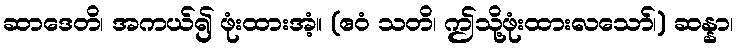
ဆာဒေတိ၊ အကယ်၍ ဖုံးထားအံ့။ (ဧဝံ သတိ၊ ဤသို့ဖုံးထားလသော်၊) ဆန္နာ၊